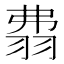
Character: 𦐡